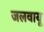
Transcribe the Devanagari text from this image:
जलवायू